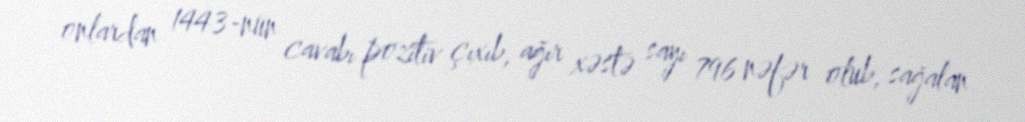
onlardan 1443-nün cavabı pozitiv çıxıb, ağır xəstə sayı 796 nəfər olub, sağalan